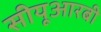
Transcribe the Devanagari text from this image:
सीयूआरबी